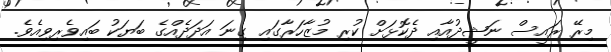
މިރޭ ރައީސް ނަޝީދުއާއި ދެކޮޅަށް ކުރި މުޒާހަރާގައި ގިނަ އަދަދެއްގެ ބަޔަކު ބައިވެރިވިއެވެ.